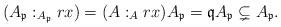
LaTeX: \begin{align*} (A_{\mathfrak{p}}:_{A_{\mathfrak{p}}}rx) =(A:_A rx)A_{\mathfrak{p}} = \mathfrak{q} A_{\mathfrak{p}}\subsetneq A_{\mathfrak{p}}.\end{align*}